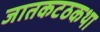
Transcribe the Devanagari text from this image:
जातकटठकथा